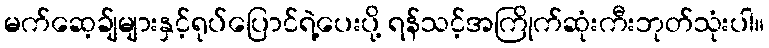
မက်ဆေ့ခ်ျများနှင့်ရုပ်ပြောင်ရဲ့ပေးပို့ ရန်သင့်အကြိုက်ဆုံးကီးဘုတ်သုံးပါ။